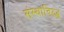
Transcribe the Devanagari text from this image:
संस्थांविरुद्ध